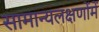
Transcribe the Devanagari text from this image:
सामान्यलक्षणोंमें